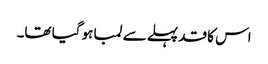
اس کا قد پہلے سے لمبا ہو گیا تھا۔